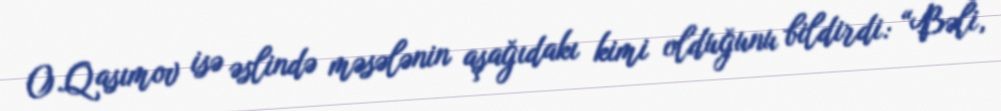
O.Qasımov isə əslində məsələnin aşağıdakı kimi olduğunu bildirdi: “Bəli,